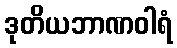
ဒုတိယဘာဏဝါရံ